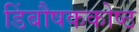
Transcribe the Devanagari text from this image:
डिंबौषककोष्ठ